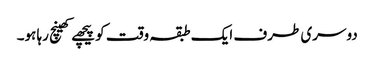
دوسری طرف ایک طبقہ وقت کو پیچھے کھینچ رہا ہو۔